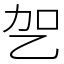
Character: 乫